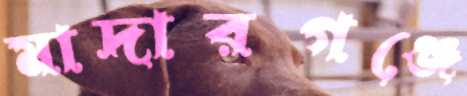
মাদারগঞ্জে